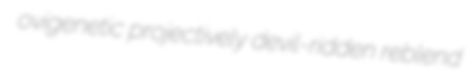
ovigenetic projectively devil-ridden reblend